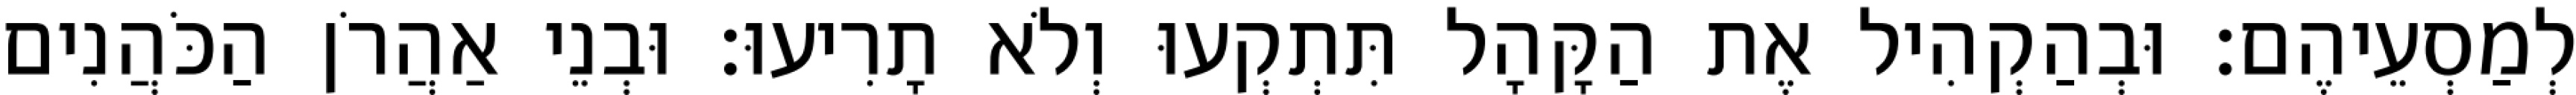
לְמַסְעֵיהֶם׃ וּבְהַקְהִיל אֶת הַקָּהָל תִּתְקְעוּ וְלֹא תָרִיעוּ׃ וּבְנֵי אַהֲרֹן הַכֹּהֲנִים